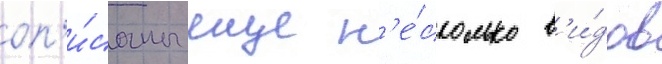
оп'и́саны еще н'е́сколько в'и́дов